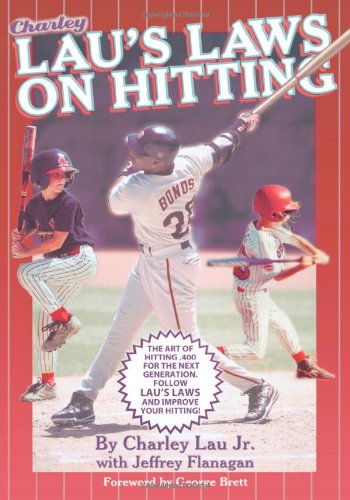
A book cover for Lau's Laws on Hitting: The Art of Hitting .400 for the Next Generation; Follow Lau's Laws and Improve Your Hitting!; Charley Lau Jr.; Sports & Outdoors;